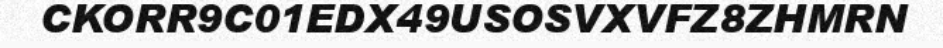
CKORR9C01EDX49USOSVXVFZ8ZHMRN